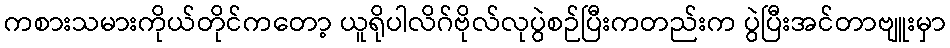
ကစားသမားကိုယ်တိုင်ကတော့ ယူရိုပါလိဂ်ဗိုလ်လုပွဲစဉ်ပြီးကတည်းက ပွဲပြီးအင်တာဗျူးမှာ